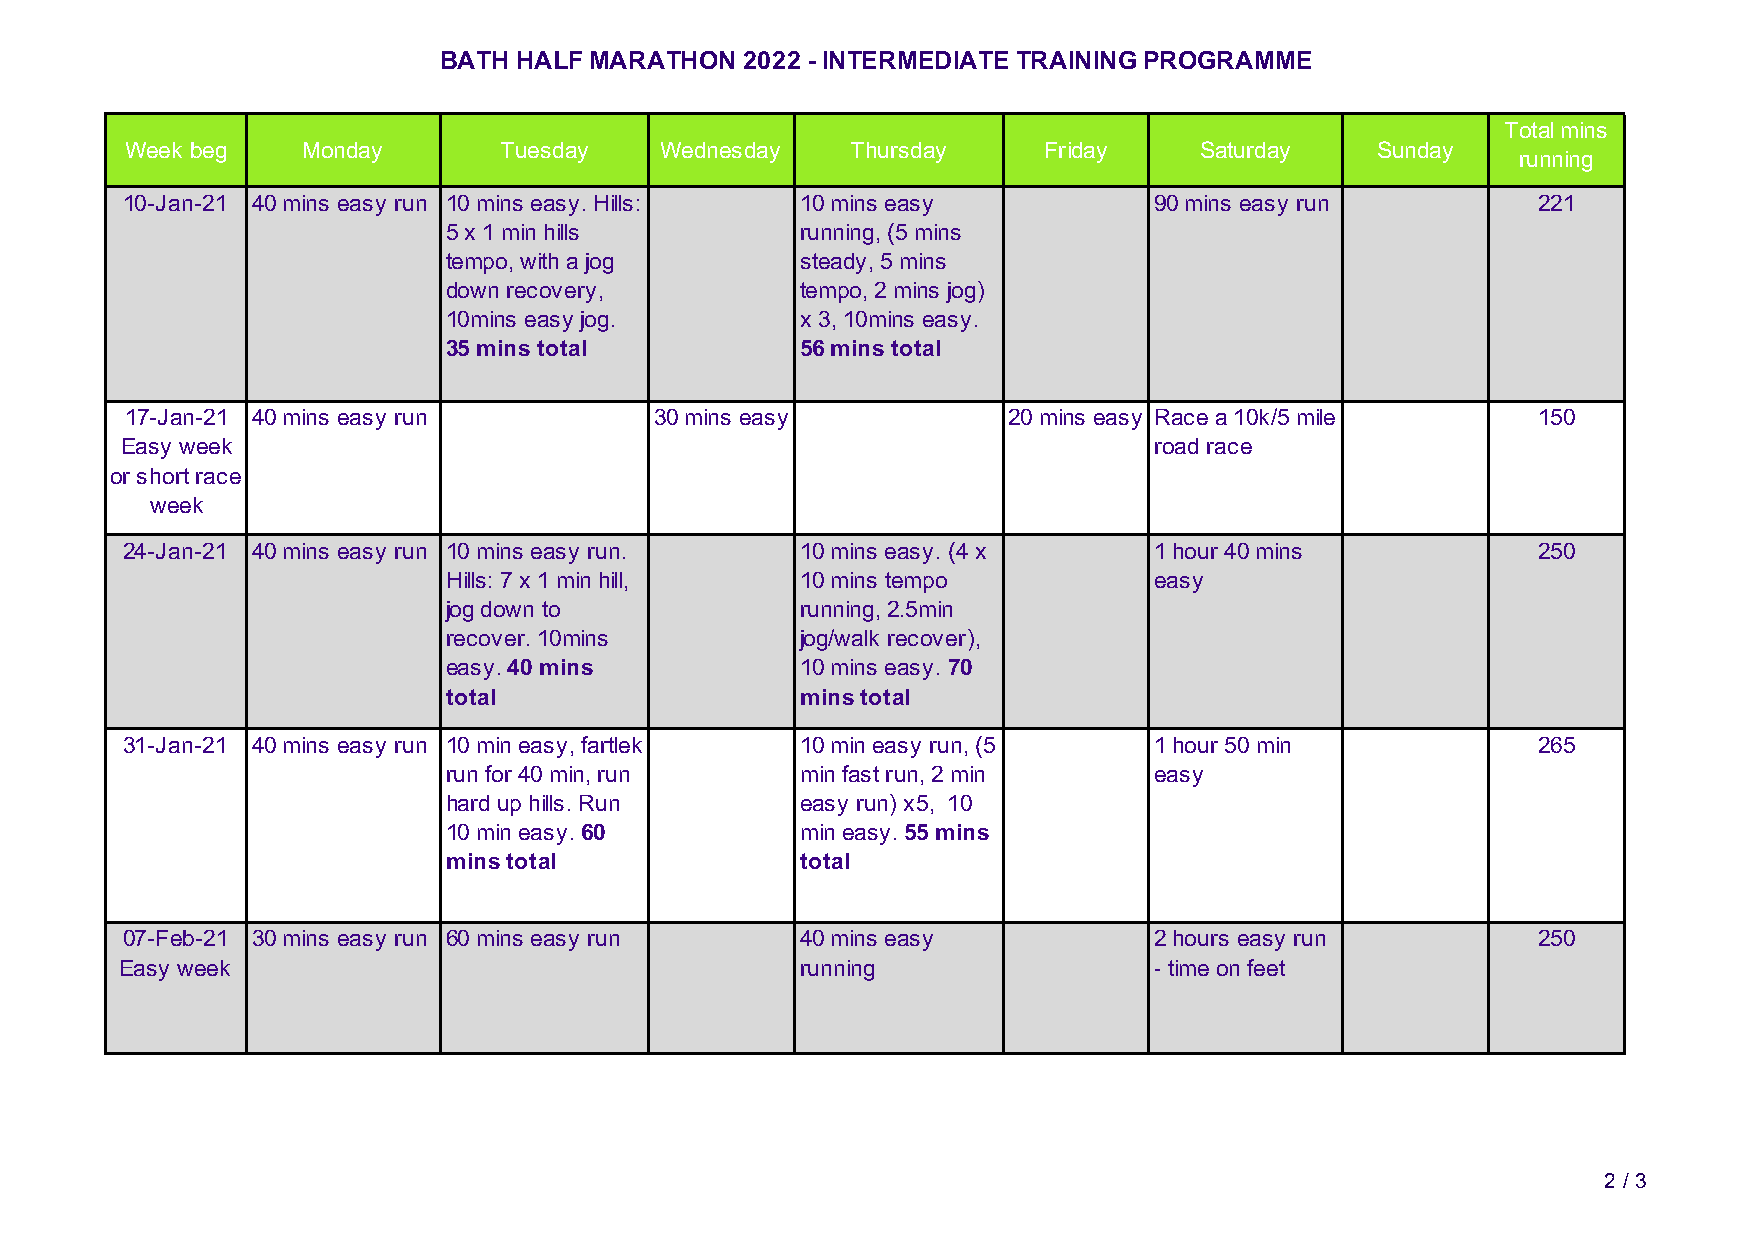
BATH HALF MARATHON  2022 - INTERMEDIATE TRAINING PROGRAMME
 Total mins
 Week beg    Monday       Tuesday    Wednesday   Thursday     Friday    Saturday    Sunday
 running
 10-Jan-21 40 mins easy run 10 mins easy. Hills: 10 mins easy        90 mins easy run          221
 5 x 1 min hills        running, (5 mins
 tempo, with a jog      steady, 5 mins
 down recovery,         tempo, 2 mins jog)
 10mins easy jog.       x 3, 10mins easy.
 35 mins total          56 mins total
 17-Jan-21 40 mins easy run         30 mins easy            20 mins easy Race a 10k/5 mile     150
 Easy week                                                           road race
 or short race
 week
 24-Jan-21 40 mins easy run 10 mins easy run. 10 mins easy. (4 x     1 hour 40 mins            250
 Hills: 7 x 1 min hill, 10 mins tempo          easy
 jog down to            running, 2.5min
 recover. 10mins        jog/walk recover),
 easy. 40 mins          10 mins easy. 70
 total                  mins total
 31-Jan-21 40 mins easy run 10 min easy, fartlek 10 min easy run, (5 1 hour 50 min             265
 run for 40 min, run    min fast run, 2 min    easy
 hard up hills. Run     easy run) x5, 10
 10 min easy. 60        min easy. 55 mins
 mins total             total
 07-Feb-21 30 mins easy run 60 mins easy run  40 mins easy           2 hours easy run          250
 Easy week                                    running                - time on feet
 2 / 3